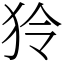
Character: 狑